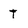
Character: T